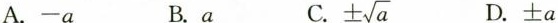
A.-a B.a C. ±\sqrt{a} D.±a